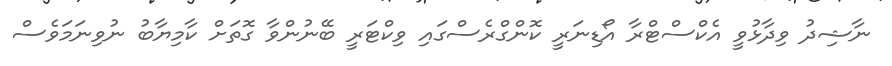
ނާޝިދު ވިދާޅުވީ އެކްސްޓްރާ އޯޑިނަރީ ކޮންގްރެސްގައި ވިކްޓަރީ ބޭނުންވާ ގޮތަށް ކާމިޔާބު ނުވިނަމަވެސް